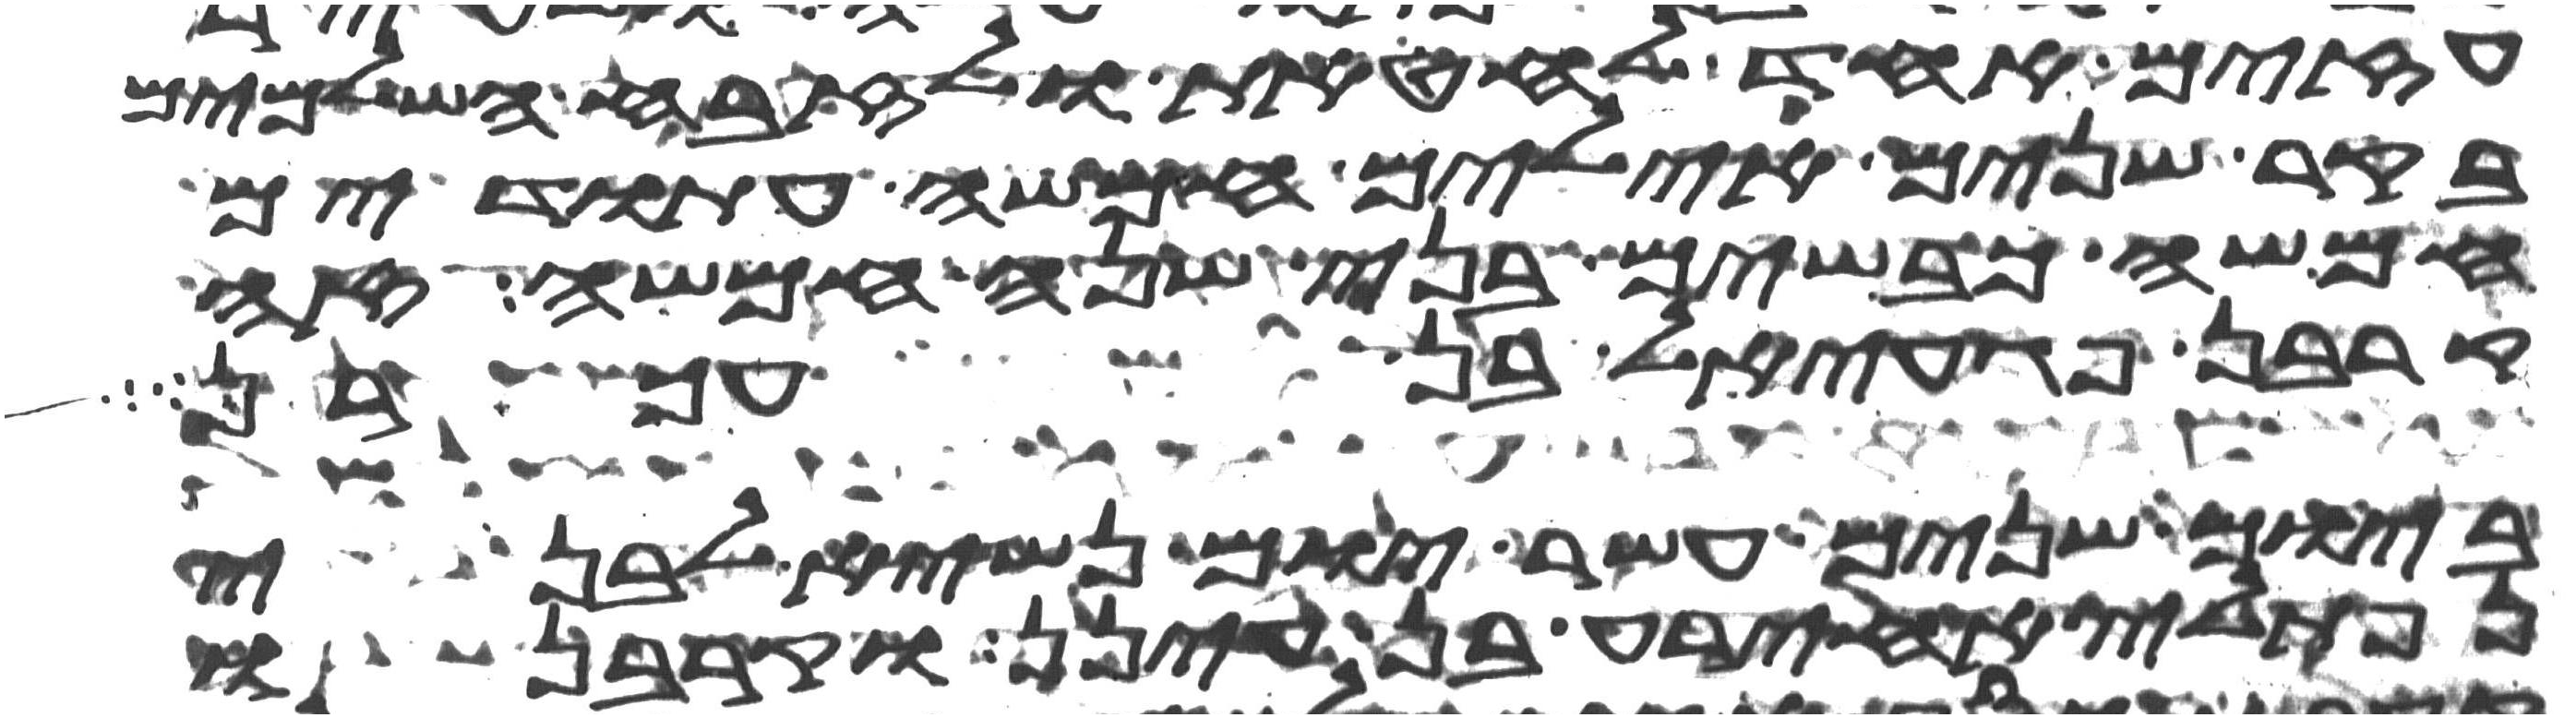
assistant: עזים אחד לחטאת ולזבח השלמים
בקר שנים אילים חמשה עתודים
חמשה כבשים בני שנה חמשה זה
קרבן פגעאל בן עכרן
ביום שנים עשר יום נשיא לבני
נפתלי אחירע בן עינן וקרבנו